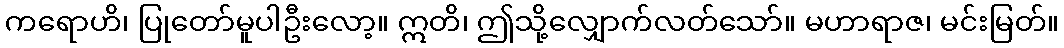
ကရောဟိ၊ ပြုတော်မူပါဦးလော့။ ဣတိ၊ ဤသို့လျှောက်လတ်သော်။ မဟာရာဇ၊ မင်းမြတ်။